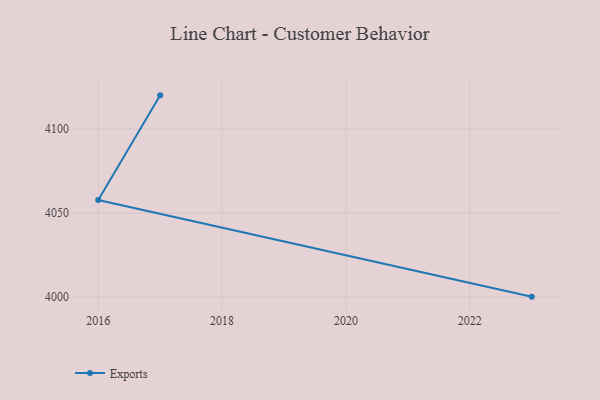
{"axis": {"x": "Year", "y": "Conversion Rate (%)"}, "legend": ["Exports"], "data": [{"x": "2023", "y": 4000.3, "type": "Exports"}, {"x": "2016", "y": 4057.8, "type": "Exports"}, {"x": "2017", "y": 4120.0, "type": "Exports"}]}